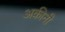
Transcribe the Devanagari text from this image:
अकीनी